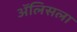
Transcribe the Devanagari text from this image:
ॲलिसला